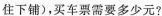
住下铺），买车票需要多少元？